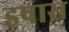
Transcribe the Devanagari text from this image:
इषारा